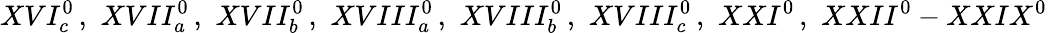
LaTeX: XVI_{c}^{0}\, ,\, \, XVII_{a}^{0}\, ,\, \, XVII_{b}^{0}\, ,\, \, XVIII_{a}^{0}\, ,\, \, XVIII_{b}^{0}\, ,\, \, XVIII_{c}^{0}\, ,\, \, XXI^{0}\, ,\, \, XXII^{0}-XXIX^{0}\, \,